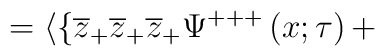
=\langle \{\overline{z}_{+}\overline{z}_{+}\overline{z}_{+}\Psi ^{+++}\left(x;\tau \right) +